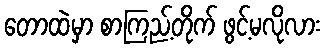
တောထဲမှာ စာကြည့်တိုက် ဖွင့်မလိုလား